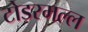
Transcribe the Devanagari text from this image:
टोडरमल्ल